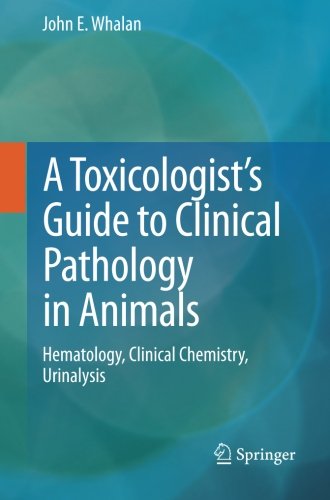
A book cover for A Toxicologist's Guide to Clinical Pathology in Animals: Hematology, Clinical Chemistry, Urinalysis; John E Whalan; Medical Books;